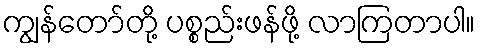
ကျွန်တော်တို့ ပစ္စည်းဖန်ဖို့ လာကြတာပါ။